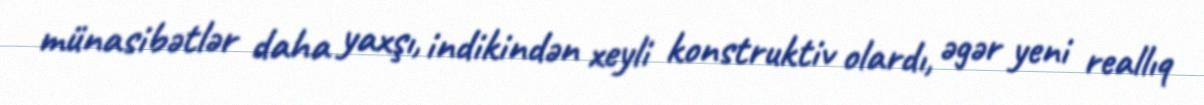
münasibətlər daha yaxşı, indikindən xeyli konstruktiv olardı, əgər yeni reallıq